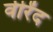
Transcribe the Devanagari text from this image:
वीरेंद